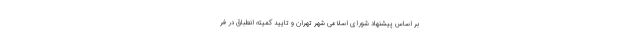
بر اساس پیشنهاد شورای اسلامی شهر تهران و تایید کمیته انطباق در فر